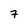
Character: 7